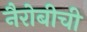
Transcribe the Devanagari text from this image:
नैरोबीची